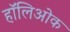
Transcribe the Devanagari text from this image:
हॉलिओक